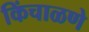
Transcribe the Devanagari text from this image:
किंचाळणे